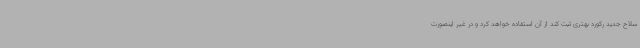
سلاح جدید رکورد بهتری ثبت کند از آن استفاده خواهد کرد و در غیر اینصورت